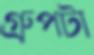
গ্রুপটা